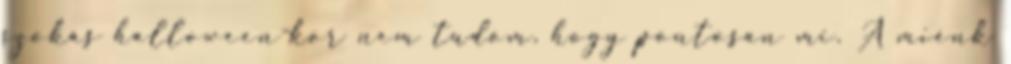
szokás halloween-kor nem tudom, hogy pontosan mi. A miénk